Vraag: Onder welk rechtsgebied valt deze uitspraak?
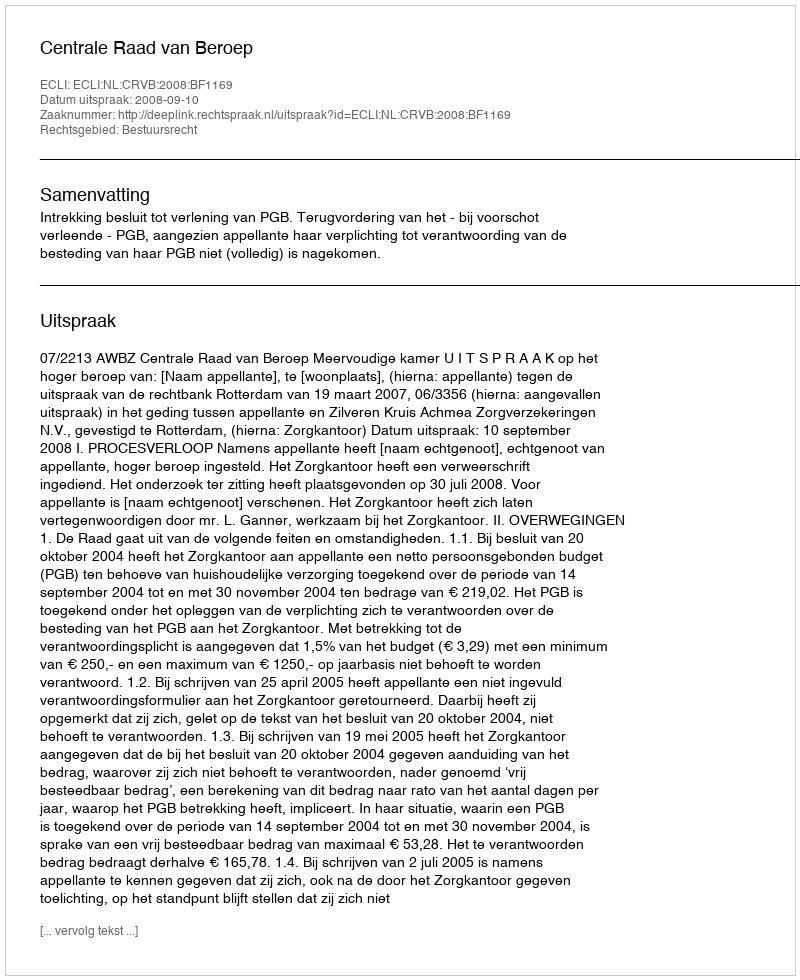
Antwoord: Bestuursrecht